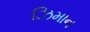
ઝિમાન